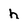
Character: h